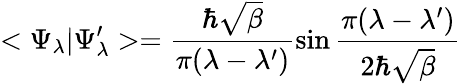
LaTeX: <\Psi_{\lambda}\vert\Psi_{\lambda}^{\prime}>=\frac{\hbar\sqrt{\beta}}{\pi(\lambda-\lambda^{\prime})}\sin{\frac{\pi(\lambda-\lambda^{\prime})}{2\hbar\sqrt{\beta}}}